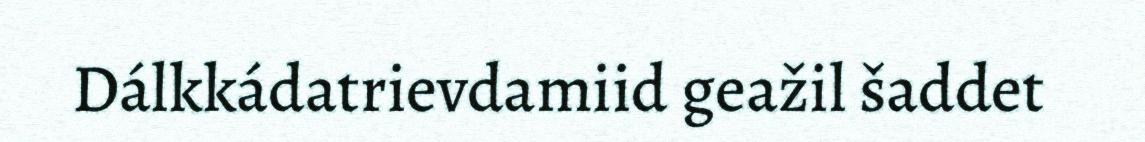
Dálkkádatrievdamiid geažil šaddet